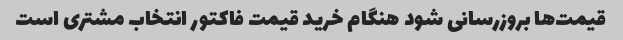
قیمت‌ها بروزرسانی شود هنگام خرید قیمت فاکتور انتخاب مشتری است